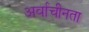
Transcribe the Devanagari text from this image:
अर्वाचीनता